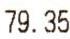
79.35